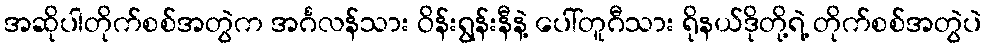
အဆိုပါတိုက်စစ်အတွဲက အင်္ဂလန်သား ဝိန်းရွန်းနီနဲ့ ပေါ်တူဂီသား ရိုနယ်ဒိုတို့ရဲ့ တိုက်စစ်အတွဲပဲ